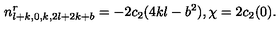
n _ { l + k , 0 , k , 2 l + 2 k + b } ^ { r } = - 2 c _ { 2 } ( 4 k l - b ^ { 2 } ) , \chi = 2 c _ { 2 } ( 0 ) .